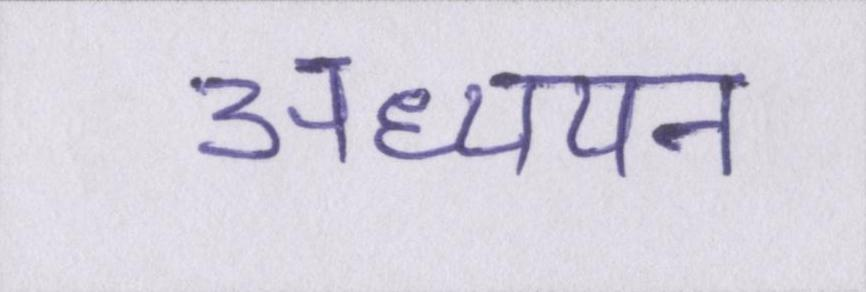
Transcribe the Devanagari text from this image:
अध्ययन